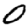
Digit: 0